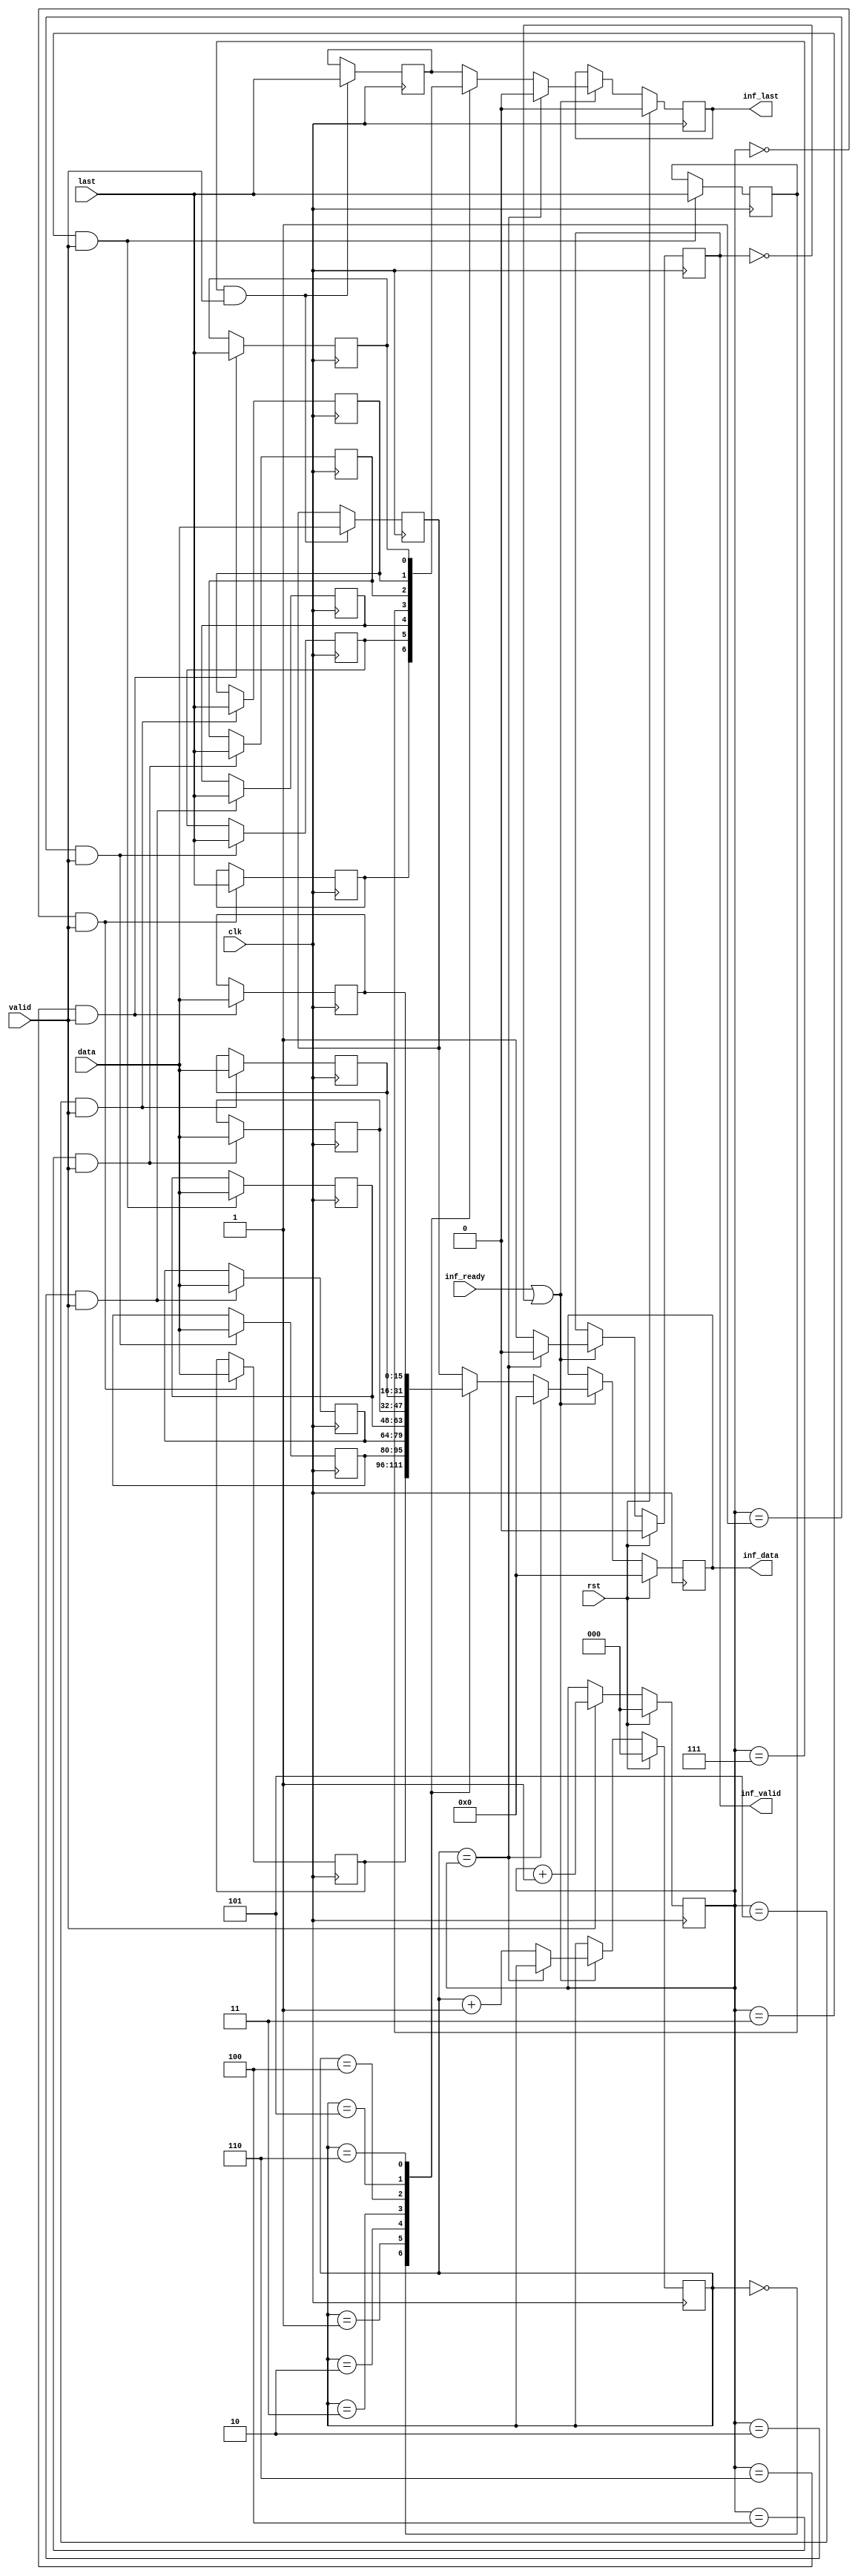
module ad_axis_inf_rx_2 (
  clk,
  rst,
  valid,
  last,
  data,
  inf_valid,
  inf_last,
  inf_data,
  inf_ready);
  parameter   DATA_WIDTH = 16;
  localparam  DW = DATA_WIDTH - 1;
  input           clk;
  input           rst;
  input           valid;
  input           last;
  input   [DW:0]  data;
  output          inf_valid;
  output          inf_last;
  output  [DW:0]  inf_data;
  input           inf_ready;
  reg     [ 2:0]  wcnt = 'd0;
  reg             wlast_0 = 'd0;
  reg     [DW:0]  wdata_0 = 'd0;
  reg             wlast_1 = 'd0;
  reg     [DW:0]  wdata_1 = 'd0;
  reg             wlast_2 = 'd0;
  reg     [DW:0]  wdata_2 = 'd0;
  reg             wlast_3 = 'd0;
  reg     [DW:0]  wdata_3 = 'd0;
  reg             wlast_4 = 'd0;
  reg     [DW:0]  wdata_4 = 'd0;
  reg             wlast_5 = 'd0;
  reg     [DW:0]  wdata_5 = 'd0;
  reg             wlast_6 = 'd0;
  reg     [DW:0]  wdata_6 = 'd0;
  reg             wlast_7 = 'd0;
  reg     [DW:0]  wdata_7 = 'd0;
  reg     [ 2:0]  rcnt    = 'd0;
  reg             inf_valid = 'd0;
  reg             inf_last = 'd0;
  reg     [DW:0]  inf_data = 'd0;
  wire            inf_ready_s;
  reg             inf_last_s;
  reg     [DW:0]  inf_data_s;
  always @(posedge clk) begin
    if (rst == 1'b1) begin
      wcnt <= 'd0;
    end else if (valid == 1'b1) begin
      wcnt <= wcnt + 1'b1;
    end
    if ((wcnt == 3'd0) && (valid == 1'b1)) begin
      wlast_0 <= last;
      wdata_0 <= data;
    end
    if ((wcnt == 3'd1) && (valid == 1'b1)) begin
      wlast_1 <= last;
      wdata_1 <= data;
    end
    if ((wcnt == 3'd2) && (valid == 1'b1)) begin
      wlast_2 <= last;
      wdata_2 <= data;
    end
    if ((wcnt == 3'd3) && (valid == 1'b1)) begin
      wlast_3 <= last;
      wdata_3 <= data;
    end
    if ((wcnt == 3'd4) && (valid == 1'b1)) begin
      wlast_4 <= last;
      wdata_4 <= data;
    end
    if ((wcnt == 3'd5) && (valid == 1'b1)) begin
      wlast_5 <= last;
      wdata_5 <= data;
    end
    if ((wcnt == 3'd6) && (valid == 1'b1)) begin
      wlast_6 <= last;
      wdata_6 <= data;
    end
    if ((wcnt == 3'd7) && (valid == 1'b1)) begin
      wlast_7 <= last;
      wdata_7 <= data;
    end
  end
  assign inf_ready_s = inf_ready | ~inf_valid;
  always @(rcnt or wlast_0 or wdata_0 or wlast_1 or wdata_1 or
    wlast_2 or wdata_2 or wlast_3 or wdata_3 or wlast_4 or wdata_4 or
    wlast_5 or wdata_5 or wlast_6 or wdata_6 or wlast_7 or wdata_7) begin
    case (rcnt)
      3'd0: begin
        inf_last_s = wlast_0;
        inf_data_s = wdata_0;
      end
      3'd1: begin
        inf_last_s = wlast_1;
        inf_data_s = wdata_1;
      end
      3'd2: begin
        inf_last_s = wlast_2;
        inf_data_s = wdata_2;
      end
      3'd3: begin
        inf_last_s = wlast_3;
        inf_data_s = wdata_3;
      end
      3'd4: begin
        inf_last_s = wlast_4;
        inf_data_s = wdata_4;
      end
      3'd5: begin
        inf_last_s = wlast_5;
        inf_data_s = wdata_5;
      end
      3'd6: begin
        inf_last_s = wlast_6;
        inf_data_s = wdata_6;
      end
      default: begin
        inf_last_s = wlast_7;
        inf_data_s = wdata_7;
      end
    endcase
  end
  always @(posedge clk) begin
    if (rst == 1'b1) begin
      rcnt <= 'd0;
      inf_valid <= 'd0;
      inf_last <= 'b0;
      inf_data <= 'd0;
    end else if (inf_ready_s == 1'b1) begin
      if (rcnt == wcnt) begin
        rcnt <= rcnt;
        inf_valid <= 1'd0;
        inf_last <= 1'b0;
        inf_data <= 'd0;
      end else begin
        rcnt <= rcnt + 1'b1;
        inf_valid <= 1'b1;
        inf_last <= inf_last_s;
        inf_data <= inf_data_s;
      end
    end
  end
endmodule